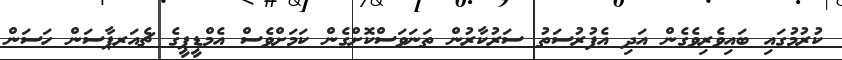
ކުރުމުގައި ބައިވެރިވެގެން އަދި އެފުރުސަތު ސަރުކާރުން ތަނަވަސްކޮށްގެން ކަމަށްވެސް އެމްޑީޕީގެ ޗެއަރޕާސަން ހަސަން